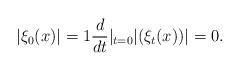
LaTeX: \begin{align*}|\xi_0(x)| =1 \frac{d}{dt}|_{t =0} |(\xi_t (x))| = 0 .\end{align*}